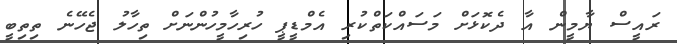
ރައީސް ޔާމީން އާ ދެކޮޅަށް މަސައްކަތްކުރި އެމްޑީޕީ ހުރިހާމީހުންނަށް ތިހާލު ޖެހޭނެ ތިތިބީ